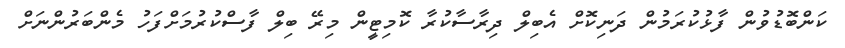
ކަންބޮޑުވުން ފާޅުކުރަމުން ދަނިކޮށް އެބިލް ދިރާސާކުރާ ކޮމިޓީން މިރޭ ބިލް ފާސްކުރުމަށްފަހު މެންބަރުންނަށް